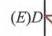
\((E)D\)